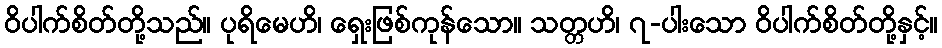
ဝိပါက်စိတ်တို့သည်။ ပုရိမေဟိ၊ ရှေးဖြစ်ကုန်သော။ သတ္တဟိ၊ ၇-ပါးသော ဝိပါက်စိတ်တို့နှင့်။